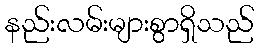
နည်းလမ်းများစွာရှိသည်